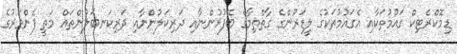
ޑިމޮކްރެޓިކް ގައުމުތަކާއި އެގައުމުތަކުގެ ލީޑަރުންގެ ގާތްތިމާގެ ބޭފުޅުންނާއި ދަރިކަލުންނާއި ދަރިކަނބަލުންތައް މަތީ ފެންވަރުގެ